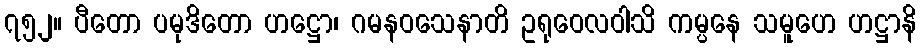
၇၅၂။ ပီတော ပမုဒိတော ဟဋ္ဌော၊ ဂမနဝသေနာတိ ဥရုဝေလဝါသိ ကမ္ပနေ သမူဟေ ဟဋ္ဌာနိ